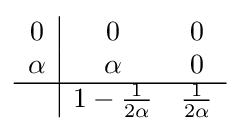
{\begin{array}{c|ccc}0&0&0\\\alpha &\alpha &0\\\hline &1-{\frac {1}{2\alpha }}&{\frac {1}{2\alpha }}\\\end{array}}